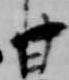
甘